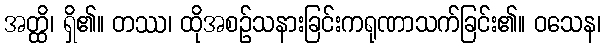
အတ္ထိ၊ ရှိ၏။ တဿ၊ ထိုအစဉ်သနားခြင်းကရုဏာသက်ခြင်း၏။ ဝသေန၊